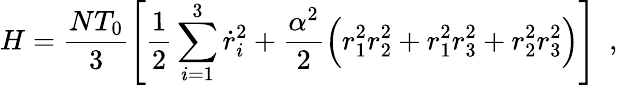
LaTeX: H=\frac{NT_{0}}{3}\left[\frac{1}{2}\sum_{i=1}^{3}\dot{r}_{i}^{2}+\frac{\alpha^{2}}{2}\Big(r_{1}^{2}r_{2}^{2}+r_{1}^{2}r_{3}^{2}+r_{2}^{2}r_{3}^{2}\Big)\right]~~,